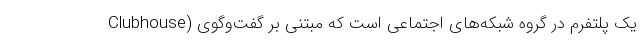
Clubhouse) یک پلتفرم در گروه شبکه‌های اجتماعی است که مبتنی بر گفت‌وگوی